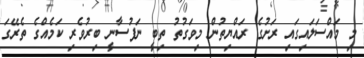
މި މައްސަލައިގައި ރަށުގެ ރައްޔިތުން މިވަގުތު ތިބީ ނަފުސާނީ ބިރުވެރި ކަމެއްގެ ތެރޭގަ